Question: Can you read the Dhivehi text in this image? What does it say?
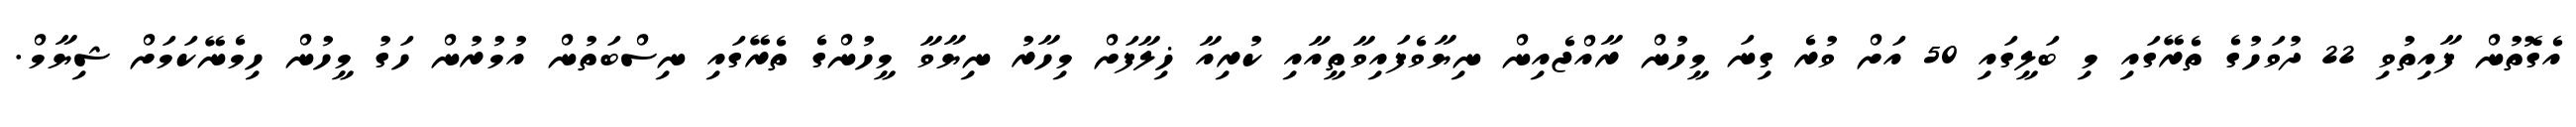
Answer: އެގޮތުން ފާއިތުވި 22 ދުވަހުގެ ތެރޭގައި މި ބަލީގައި 50 އަށް ވުރެ ގިނަ މީހުން ރާއްޖެއިން ނިޔާވެފައިވާތީއާއި ކުރިއާ ޚިލާފަށް މިހާރު ނިޔާވާ މީހުންގެ ތެރޭގައި ނިސްބަތުން އުމުރުން ހަގު މީހުން ހިމެނޭކަމަށް ޝިޔާމް.